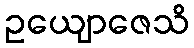
ဥယျောဇေသိ